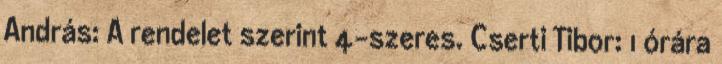
András: A rendelet szerint 4-szeres. Cserti Tibor: 1 órára